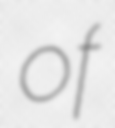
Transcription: of